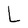
Character: L